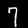
Label: 7